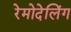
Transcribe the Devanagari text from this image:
रेमोदेलिंग